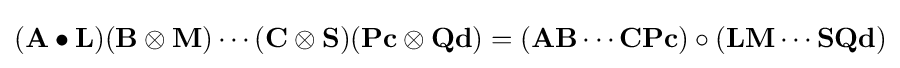
(\mathbf {A} \bullet \mathbf {L} )(\mathbf {B} \otimes \mathbf {M} )\cdots (\mathbf {C} \otimes \mathbf {S} )(\mathbf {P} \mathbf {c} \otimes \mathbf {Q} \mathbf {d} )=(\mathbf {A} \mathbf {B} \cdots \mathbf {C} \mathbf {P} \mathbf {c} )\circ (\mathbf {L} \mathbf {M} \cdots \mathbf {S} \mathbf {Q} \mathbf {d} )